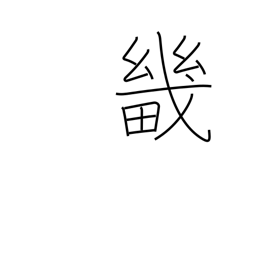
Meaning: capital